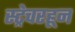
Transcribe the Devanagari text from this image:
स्ट्रेचरहून